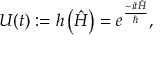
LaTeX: U ( t ) : = h \left( { \hat { H } } \right) = e ^ { \frac { - i t { \hat { H } } } { \hbar } } ,